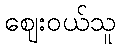
ဈေးဝယ်သူ